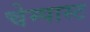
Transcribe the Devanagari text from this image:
चेम्पास्ट